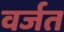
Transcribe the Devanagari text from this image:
वर्जत